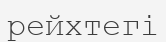
рейхтегі